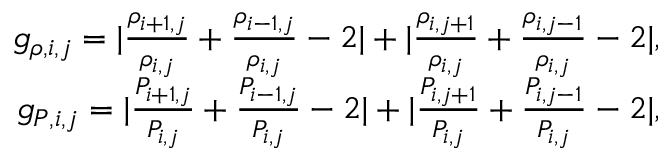
\begin{array} { r } { g _ { \rho , i , j } = | \frac { \rho _ { i + 1 , j } } { \rho _ { i , j } } + \frac { \rho _ { i - 1 , j } } { \rho _ { i , j } } - 2 | + | \frac { \rho _ { i , j + 1 } } { \rho _ { i , j } } + \frac { \rho _ { i , j - 1 } } { \rho _ { i , j } } - 2 | , } \\ { g _ { P , i , j } = | \frac { P _ { i + 1 , j } } { P _ { i , j } } + \frac { P _ { i - 1 , j } } { P _ { i , j } } - 2 | + | \frac { P _ { i , j + 1 } } { P _ { i , j } } + \frac { P _ { i , j - 1 } } { P _ { i , j } } - 2 | , } \end{array}